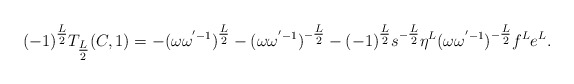
\begin{align*} {( - 1)^{{\textstyle{L \over 2}}}}{T_{{\textstyle{L \over 2}}}}(C,1) = - {(\omega {\omega ^{' - 1}})^{{\textstyle{L \over 2}}}} - {(\omega {\omega ^{' - 1}})^{ - {\textstyle{L \over 2}}}} - {( - 1)^{{\textstyle{L \over 2}}}}{s^{ - {\textstyle{L \over 2}}}}{\eta ^L}{(\omega {\omega ^{' - 1}})^{ - {\textstyle{L \over 2}}}}{f^L}{e^L}. \end{align*}